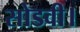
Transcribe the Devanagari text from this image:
सोडवी।